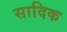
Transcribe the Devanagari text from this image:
सादिक